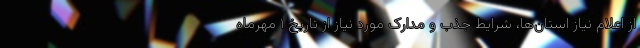
از اعلام نیاز استان‌ها، شرایط جذب و مدارک مورد نیاز از تاریخ ۱ مهرماه